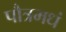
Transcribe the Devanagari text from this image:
पौत्रमधं